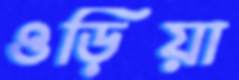
ওড়িয়া